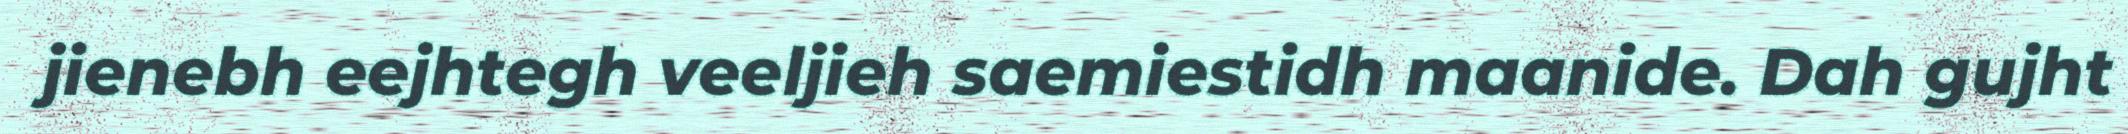
jienebh eejhtegh veeljieh saemiestidh maanide. Dah gujht